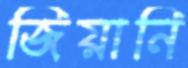
জিয়ানি